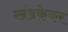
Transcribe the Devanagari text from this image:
खंडकेकर